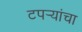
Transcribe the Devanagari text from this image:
टपर्‍यांचा